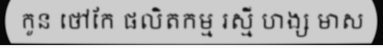
កូន ថៅកែ ផលិតកម្ម រស្មី ហង្ស មាស